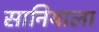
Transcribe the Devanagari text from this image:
सानियाला